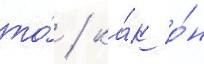
то́ / ка́к о́н